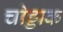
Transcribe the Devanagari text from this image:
चोड्डाक